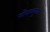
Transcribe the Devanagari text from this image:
गोपालपुरात